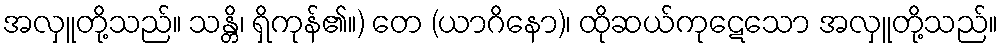
အလှူတို့သည်။ သန္တိ၊ ရှိကုန်၏။) တေ (ယာဂိနော)၊ ထိုဆယ်ကုဋေသော အလှူတို့သည်။